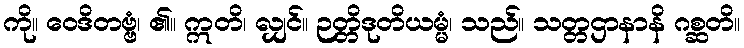
ကို။ ဝေဒိတဗ္ဗံ၊ ၏။ ဣတိ၊ လျှင်။ ဉတ္တိဒုတိယမ္မံ၊ သည်။ သတ္တဌာနာနိ ဂစ္ဆတိ။